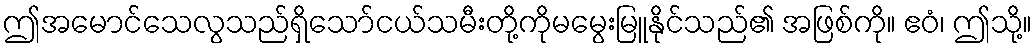
ဤအမောင်သေလွသည်ရှိသော်ငယ်သမီးတို့ကိုမမွေးမြူနိုင်သည်၏ အဖြစ်ကို။ ဧဝံ၊ ဤသို့။